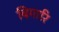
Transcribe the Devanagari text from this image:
बिगारि